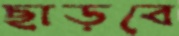
ছাড়বে